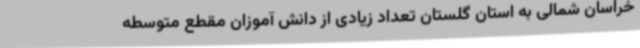
خراسان شمالی به استان گلستان تعداد زیادی از دانش آموزان مقطع متوسطه